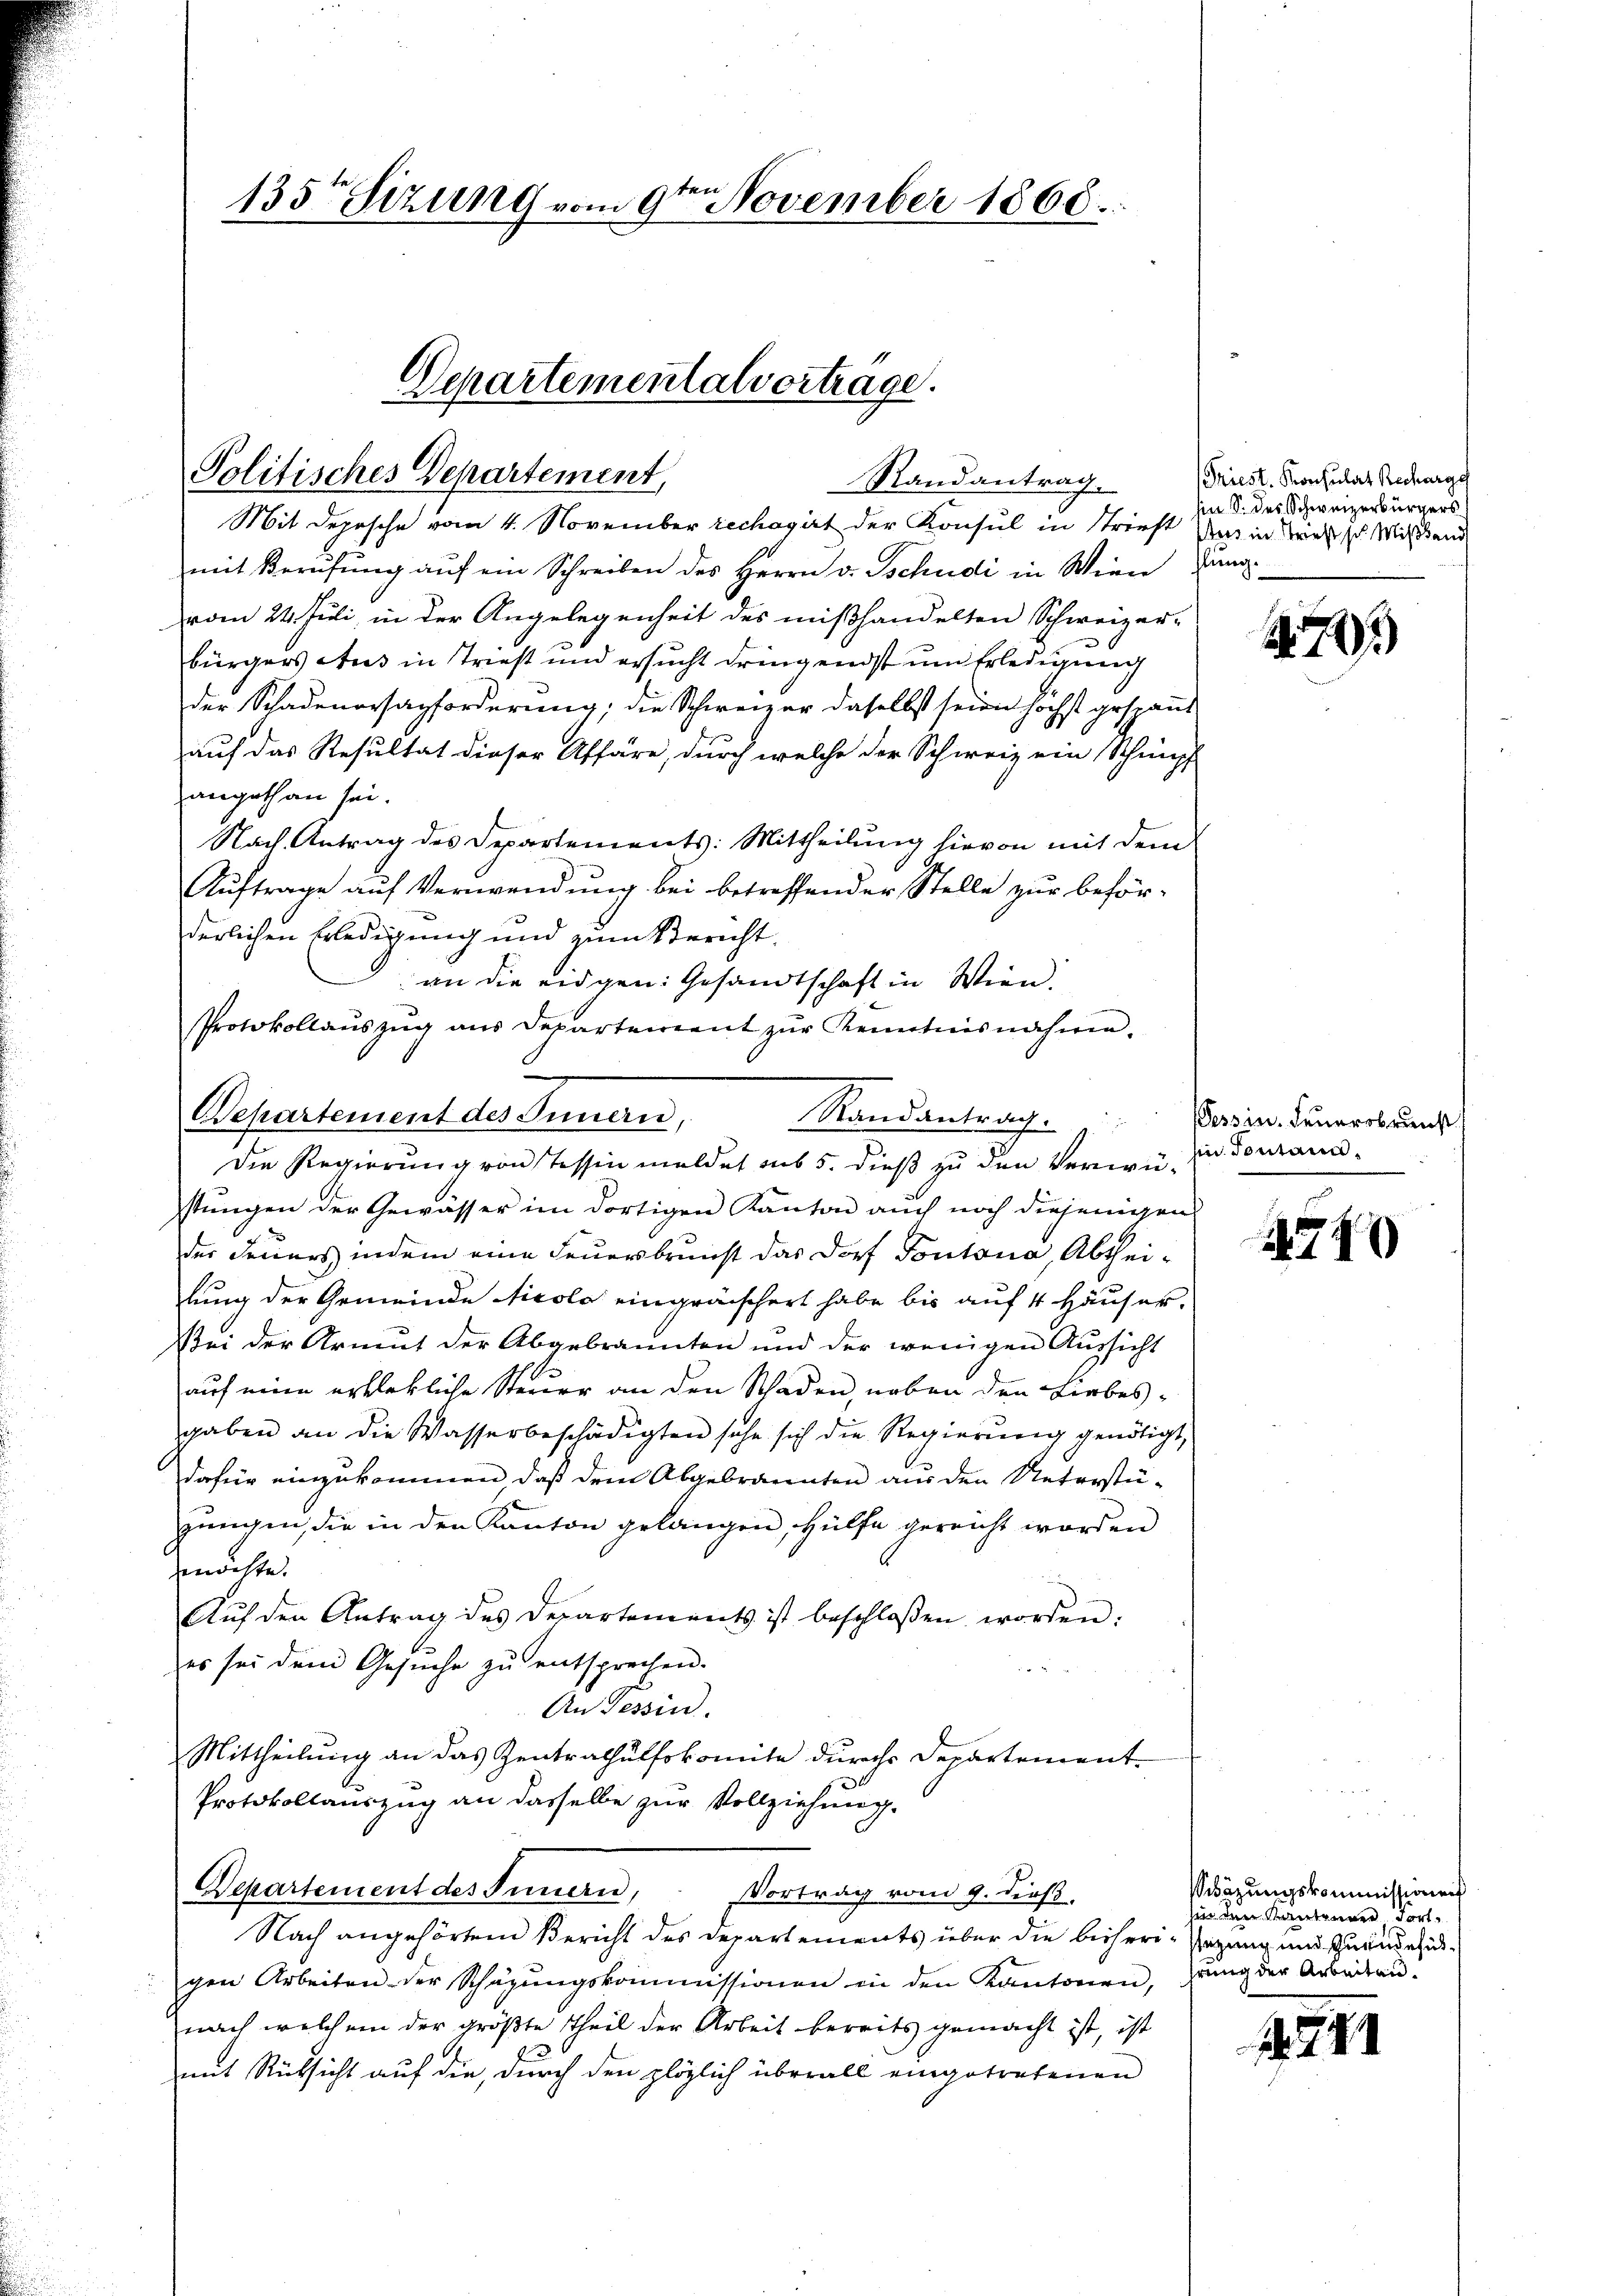
135 Sizung vom 9te͇n November 1860.

Politisches Departement,
Randantrag.

Departementalvortrage.

Mit Depesche vom 4. November rechagirt der Konsul in Striest das in dieses Wissend
mit Berufung auf ein Schreiben des Herrn v. Tschudi in Wien
vom 24. Juli, in der Angelegenheit des mißhandelten Schweizer-
bürgers Aus in Triest und ersucht dringendst um Erledigung
der Schadenorsapforderung; die Schweizer daselbst seien höchst gespannt
auf das Resultat dieser Affäre, durch welche der Schweiz ein Schimpf
angethan sei.
Nach Antrag des Departements: Mittheilung hievon mit dem
Auftrage auf Verwendung bei betreffender Stelle zur beförderlichen Erledigung und zum Bericht
an die eidgen: Gesandtschaft in Wien.
Protokollauszug aus Departement zur Kenntnisnahme.
stungen der Gewässer im dortigen Kanton auch noch diejenigen
der Feuers indem eine Feuersbrunst das Dorf Pontona, Abtheilung der Gemeinde Nicola eingräischert habe bis auf 4 Häuser.
Bei der Armut der Abgebrannten und der wenigen Aŭssicht
1
auf eine erklekliche Steuer an den Schaden, neben den Liebesgaben an die Wasserbeschädigten sehe sich die Regierŭng genötigt,
dafür einzukommen, daß dem Abgebrannten aus den Unterstügungen, die in den Kanton gelangen, Hülfe gereicht worden
möchte.
Aŭf den Antrag des Departements ist beschlossen worden:
b
es sei dem Gesŭche zŭ entsprechen.
An Tessin.
Mittheilung an das Zentrathülfskomite durch Departement-
Protokollauszug an dasselbe zur Vollziehung.
Departement des Innern,
Vortrag vom 9. dieß.
Nach angehörtem Bericht des Departements über die bisheri-Ergang und zuruehugen Arbeiten der Schäzungskommissionen in den Kantonen, grung der Arbeitau
nach welchem der größte Theil der Arbeit bereits gemacht ist, ist
mit Rücksicht auf die, durch den plözlich überall eingetretenen

Bepartement des Innern,
Randantrag.
Die Regierung von Tessin meldet sub 5. dieß zu den Verwü-

Triest. Konsulat Recharges
hin S. des Schweizerbürgers
lung.

474

Tessin. Feuerobrunst
in Pontain¬

2540

Mitäzungskommissionen
hin den Kantonnen, dort¬

1771